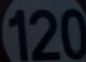
120